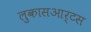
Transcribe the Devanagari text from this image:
लुकासआर्टस